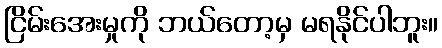
ငြိမ်းအေးမှုကို ဘယ်တော့မှ မရနိုင်ပါဘူး။